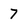
Character: 7